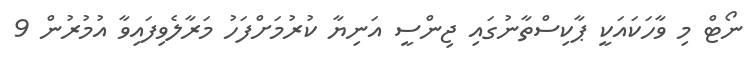
ނޯޓް މި ވާހަކައަކީ ޕާކިސްތާނުގައި ޖިންސީ އަނިޔާ ކުރުމަށްފަހު މަރާލެވިފައިވާ އުމުރުން 9